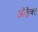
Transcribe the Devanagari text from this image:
ऑब्जैक्ट